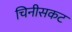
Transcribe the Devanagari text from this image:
चिनीसकट